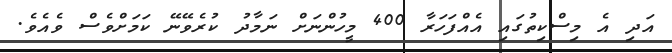
އަދި އެ މިސްކިތުގައި އެއްފަހަރާ 400 މީހުންނަށް ނަމާދު ކުރެވޭނޭ ކަމަށްވެސް ވެއެވެ.